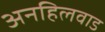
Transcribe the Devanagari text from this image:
अनहिलवाड